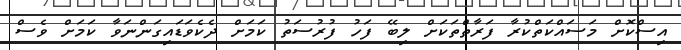
އިސްކޮށް މަސައްކަތްކުރާ ފަރާތްތަކަށް ލިބޭ ފަހު ފުރުސަތު ކަމަށް ދެކެވަޑައިގަންނަވާ ކަމަށް ވެސް